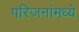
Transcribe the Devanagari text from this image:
परिजनांमध्ये